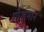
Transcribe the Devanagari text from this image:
गोलमान